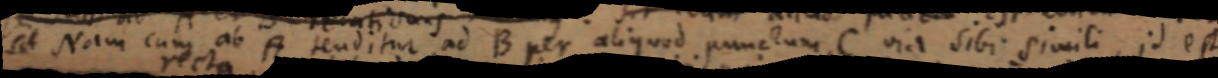
sit Nam cum ab A tenditur ad B per aliquod punctum C via sibi simili, id est